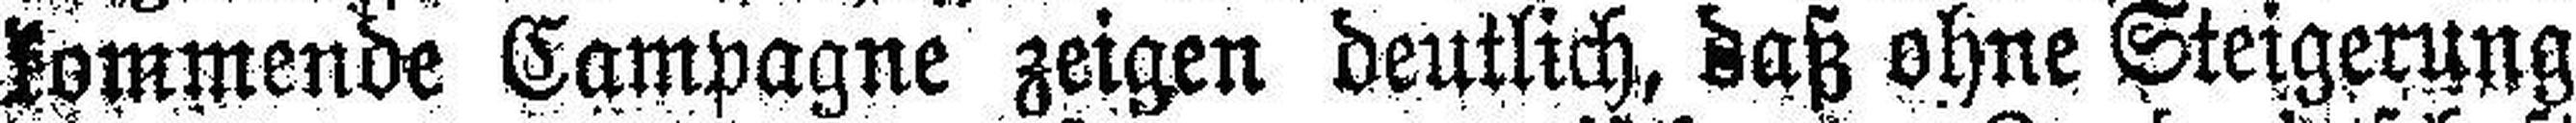
kommende Campagne zeigen deutlich, daß ohne Steigerung